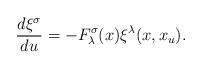
LaTeX: \begin{align*}\frac{d\xi^\sigma}{du}=-F^\sigma_\lambda(x)\xi^\lambda(x,x_u).\end{align*}